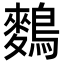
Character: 𪄳